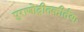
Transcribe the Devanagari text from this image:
पुराणोद्गीतकीर्तयः